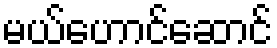
မယ်ဟောင်ဆောင်